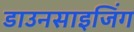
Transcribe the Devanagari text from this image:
डाउनसाइजिंग